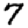
Digit: 7